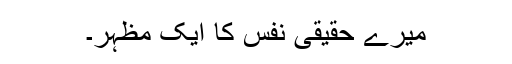
میرے حقیقی نفس کا ایک مظہر۔